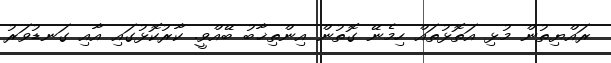
ރައްޔިތުން މުޅި އަތޮޅުތައް ހިމެނޭ ގޮތުން އިންތިޚާބު ބޭއްވީ. ކާރުކޮޅުގައި އާއި ގަނޑުވަރު